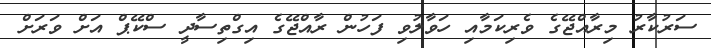
ސަރުކާރު މިރާއްޖޭގެ ވެރިކަމާއި ހަވާލުވި ފަހުން ރާއްޖޭގެ އިގްތިސާދީ ސްކޭޕް އަށް ވަރަށް